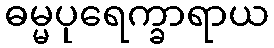
ဓမ္မပုရေက္ခာရာယ